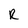
Character: R